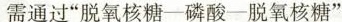
需通过”脱氧核糖-磷酸-脱氧核糖”